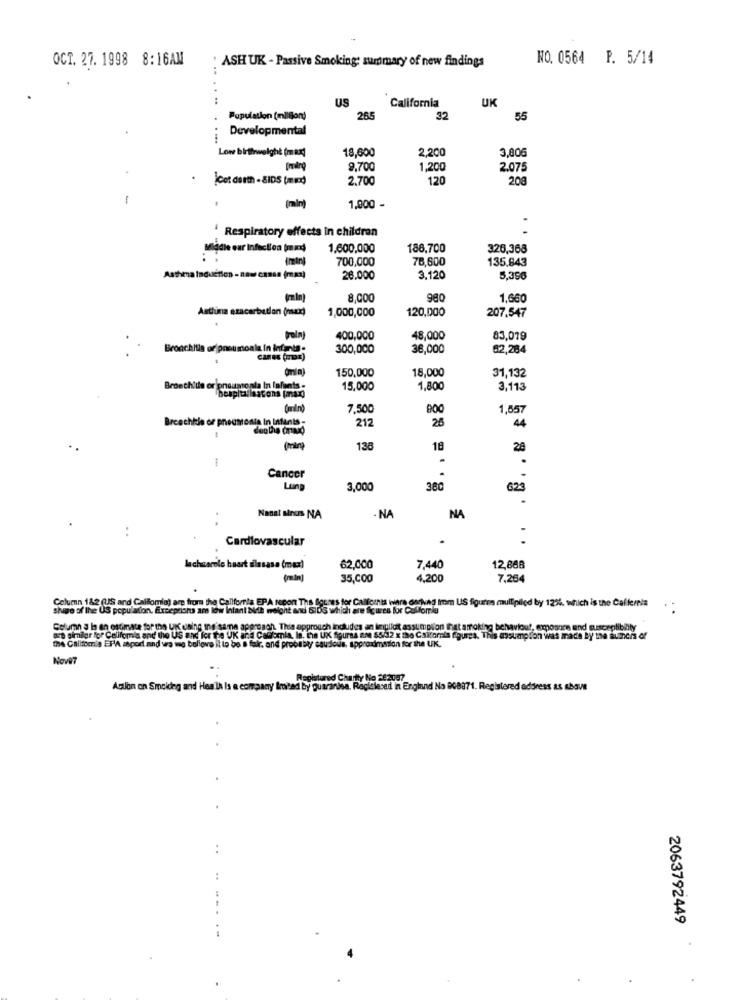
OCT. 27. 1998 8:16AM
ASH UK - Passive Smoking: summary of new findings
NO. 0564 P. 5/14
US
UK
California
Population (milion)
265
32
55
Developmental
Low birthweight (max]
18.600
2.200
3,806
9.700
1,200
2.075
(Cot darth - SID5 (mind)
2,700
120
208
-
(min)
1,000 -
' Respiratory effects in children
Meladie ear Infection (mind
1,600,000
186,700
326,368
700,000
78,600
135.843
Asthma induction - now cansa (max)
26.000
3.120
5,390
(rain)
8,000
980
1,660
Astúna ezacerbutlan (max)
1,000,000
120,000
207.547
(raln)
400,000
48,000
83,079
Bronchitis or pneumoala in infants .
300,000
36,000
82,284
canes (aux)
150.000
18,000
31,132
Bronchide or pneumonia In Infants -
15,000
1,800
3,113
7,500
800
1,557
Brcechkle of pneumonie In Infants -
212
25
den the crad
44
138
18
28
Cancer
3,000
380
623
Nanal sinus NA
NA
NA
..
Cardiovascular
lachsarile haart silasasa (max)
62,000
7,440
12,868
35,000
4,200
7,264
Column 182 (US and Callomla) are from the California EPA recon The figures for Callfornis were onvad Inom US figurre mullipiled by 12%, which is the Caffernia
she of the US popularon, Exceptishs am low Infant bid weight and SIDG which are ticures for Calfornia
Column a la an estimate for the UK using ins same approach. This approach includes an implicit assumption that smoking behaviour, exposure and susceptibilly
ve similar for California and the US and for the UK and Cambmia, In. ne UK Spursà an 5532 k lho Cskfornis Egurca. This assumption was made by the itmers of
the Califomia EPA zaport and ura me bollove it to be a fakr. and probably eaudious, approximation for the UK.
Nove?
Registered Chartty No 282007
Action on Smoldeg and Healh Is a company Imited by guaranisa. Raciciesed in England No 908871. Registered address as above
..
2063792449
- -----